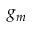
g _ { m }